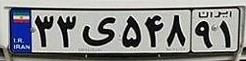
۳۳ی۵۴۸۹۱